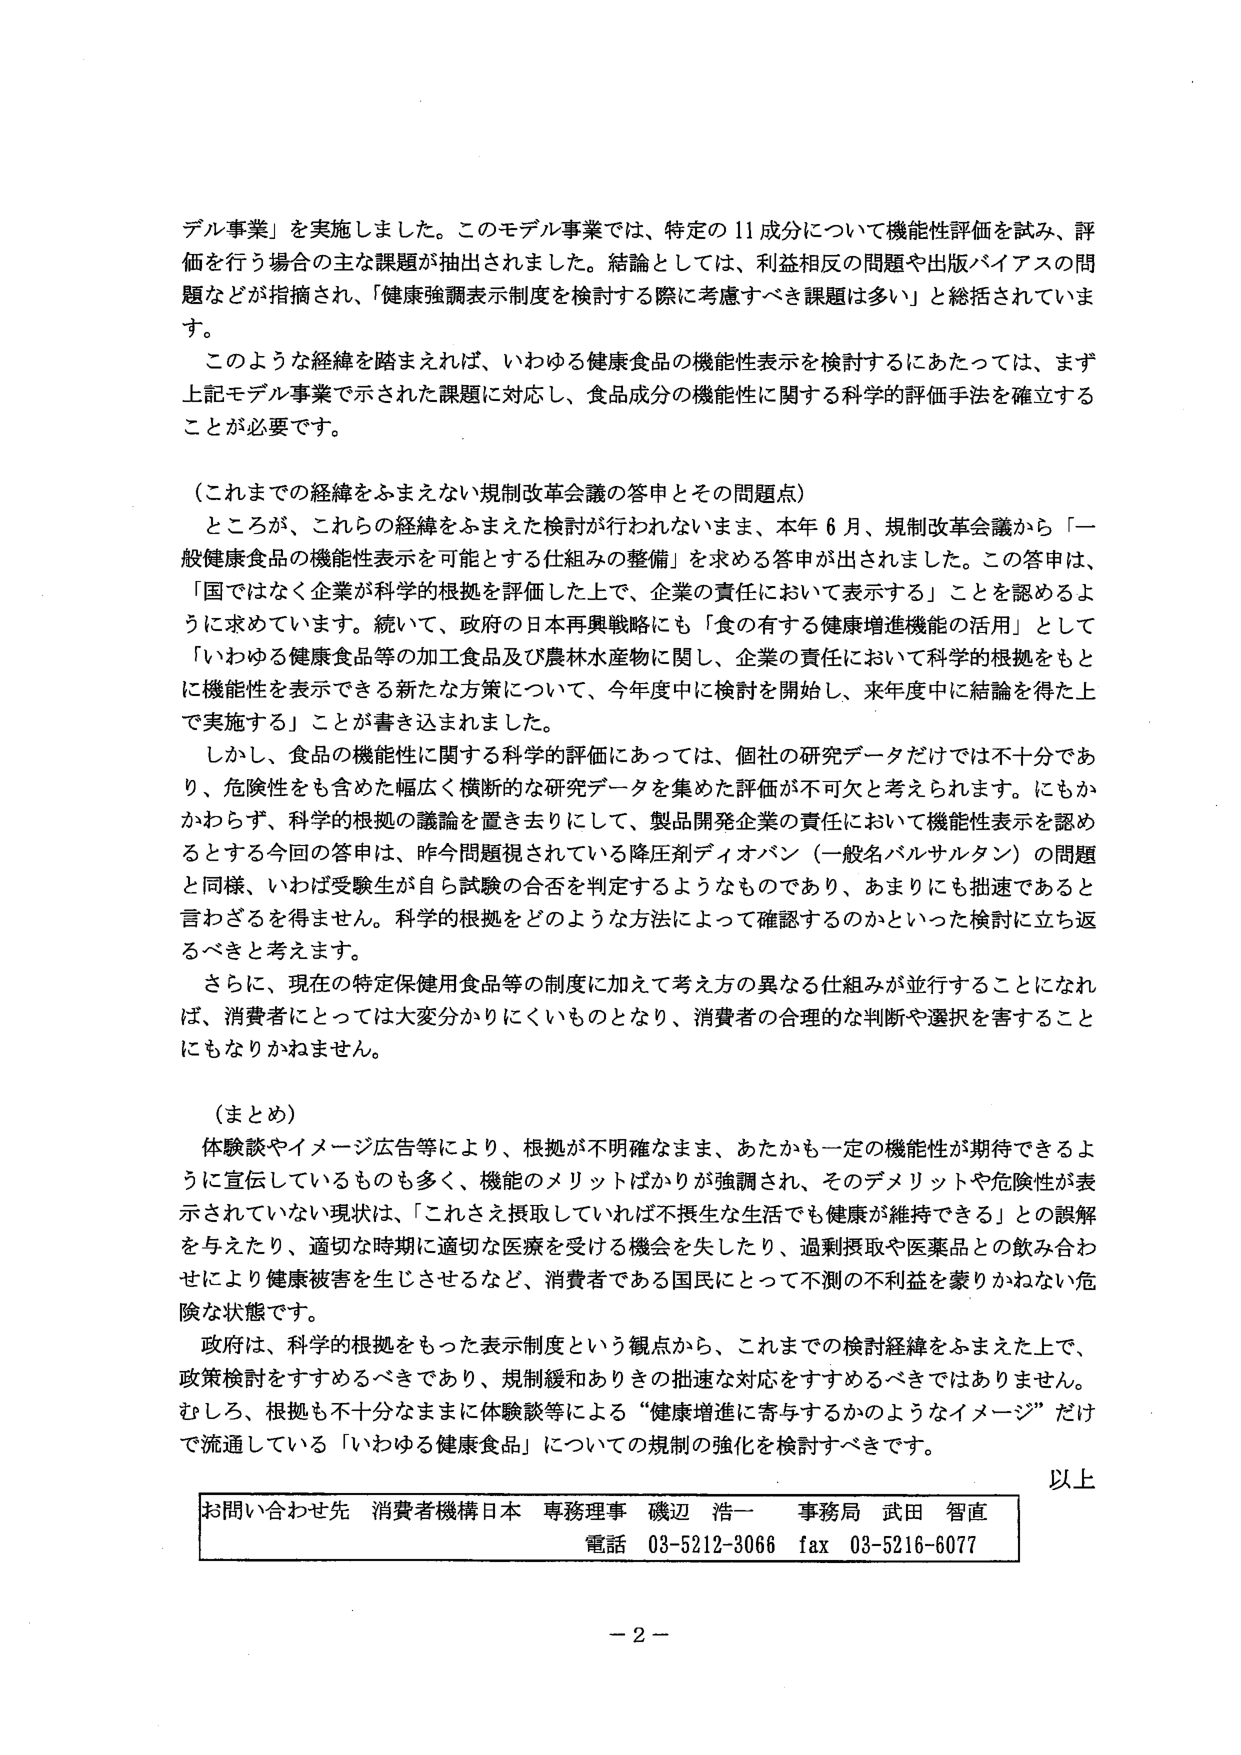
デル事業」を実施しました。このモデル事業では、特定の11成分について機能性評価を試み、評価を行う場合の主な課題が抽出されました。結論としては、利益相反の問題や出版バイアスの問題などが指摘され、「健康強調表示制度を検討する際に考慮すべき課題は多い」と総括されています。

このような経緯を踏まえれば、いわゆる健康食品の機能性表示を検討するにあたっては、まず上記モデル事業で示された課題に対応し、食品成分の機能性に関する科学的評価手法を確立することが必要です。

（これまでの経緯をふまえない規制改革会議の答申とその問題点）

ところが、これらの経緯をふまえた検討が行われないまま、本年6月、規制改革会議から「一般健康食品の機能性表示を可能とする仕組みの整備」を求める答申が出されました。この答申は、「国ではなく企業が科学的根拠を評価した上で、企業の責任において表示する」ことを認めるように求めています。続いて、政府の日本再興戦略にも「食の有する健康増進機能の活用」として「いわゆる健康食品等の加工食品及び農林水産物に関し、企業の責任において科学的根拠をもとに機能性を表示できる新たな方策について、今年度中に検討を開始し、来年度中に結論を得た上で実施する」ことが書き込まれました。

しかし、食品の機能性に関する科学的評価にあっては、個社の研究データだけでは不十分であり、危険性をも含めた幅広く横断的な研究データを集めた評価が不可欠と考えられます。にもかかわらず、科学的根拠の議論を置き去りにして、製品開発企業の責任において機能性表示を認めるとする今回の答申は、昨今問題視されている降圧剤ディオバン（一般名バルサルタン）の問題と同様、いわば受験生が自ら試験の合否を判定するようなものであり、あまりにも拙速であると言わざるを得ません。科学的根拠をどのような方法によって確認するのかといった検討に立ち返るべきと考えます。

さらに、現在の特定保健用食品等の制度に加えて考え方の異なる仕組みが並行することになれば、消費者にとっては大変分かりにくいものとなり、消費者の合理的な判断や選択を害することにもなりかねません。

（まとめ）

体験談やイメージ広告等により、根拠が不明確なまま、あたかも一定の機能性が期待できるように宣伝しているものも多く、機能のメリットばかりが強調され、そのデメリットや危険性が表示されていない現状は、「こなさえ摂取していれば不摂生な生活でも健康が維持できる」との誤解を与えたり、適切な時期に適切な医療を受ける機会を失したり、過剰摂取や医薬品との飲み合わせにより健康被害を生じさせるなど、消費者である国民にとって不測の不利益を蒙りかねない危険な状態です。

政府は、科学的根拠をもった表示制度という観点から、これまでの検討経緯をふまえた上で、政策検討をすすめるべきであり、規制緩和ありきの拙速な対応をすすめるべきではありません。むしろ、根拠も不十分なままに体験談等による“健康増進に寄与するかのようなイメージ”だけで流通している「いわゆる健康食品」についての規制の強化を検討すべきです。

以上

お問い合わせ先 消費者機構日本 専務理事 磯辺 浩一 事務局 武田 智直
電話 03-5212-3066 fax 03-5216-6077

－2－